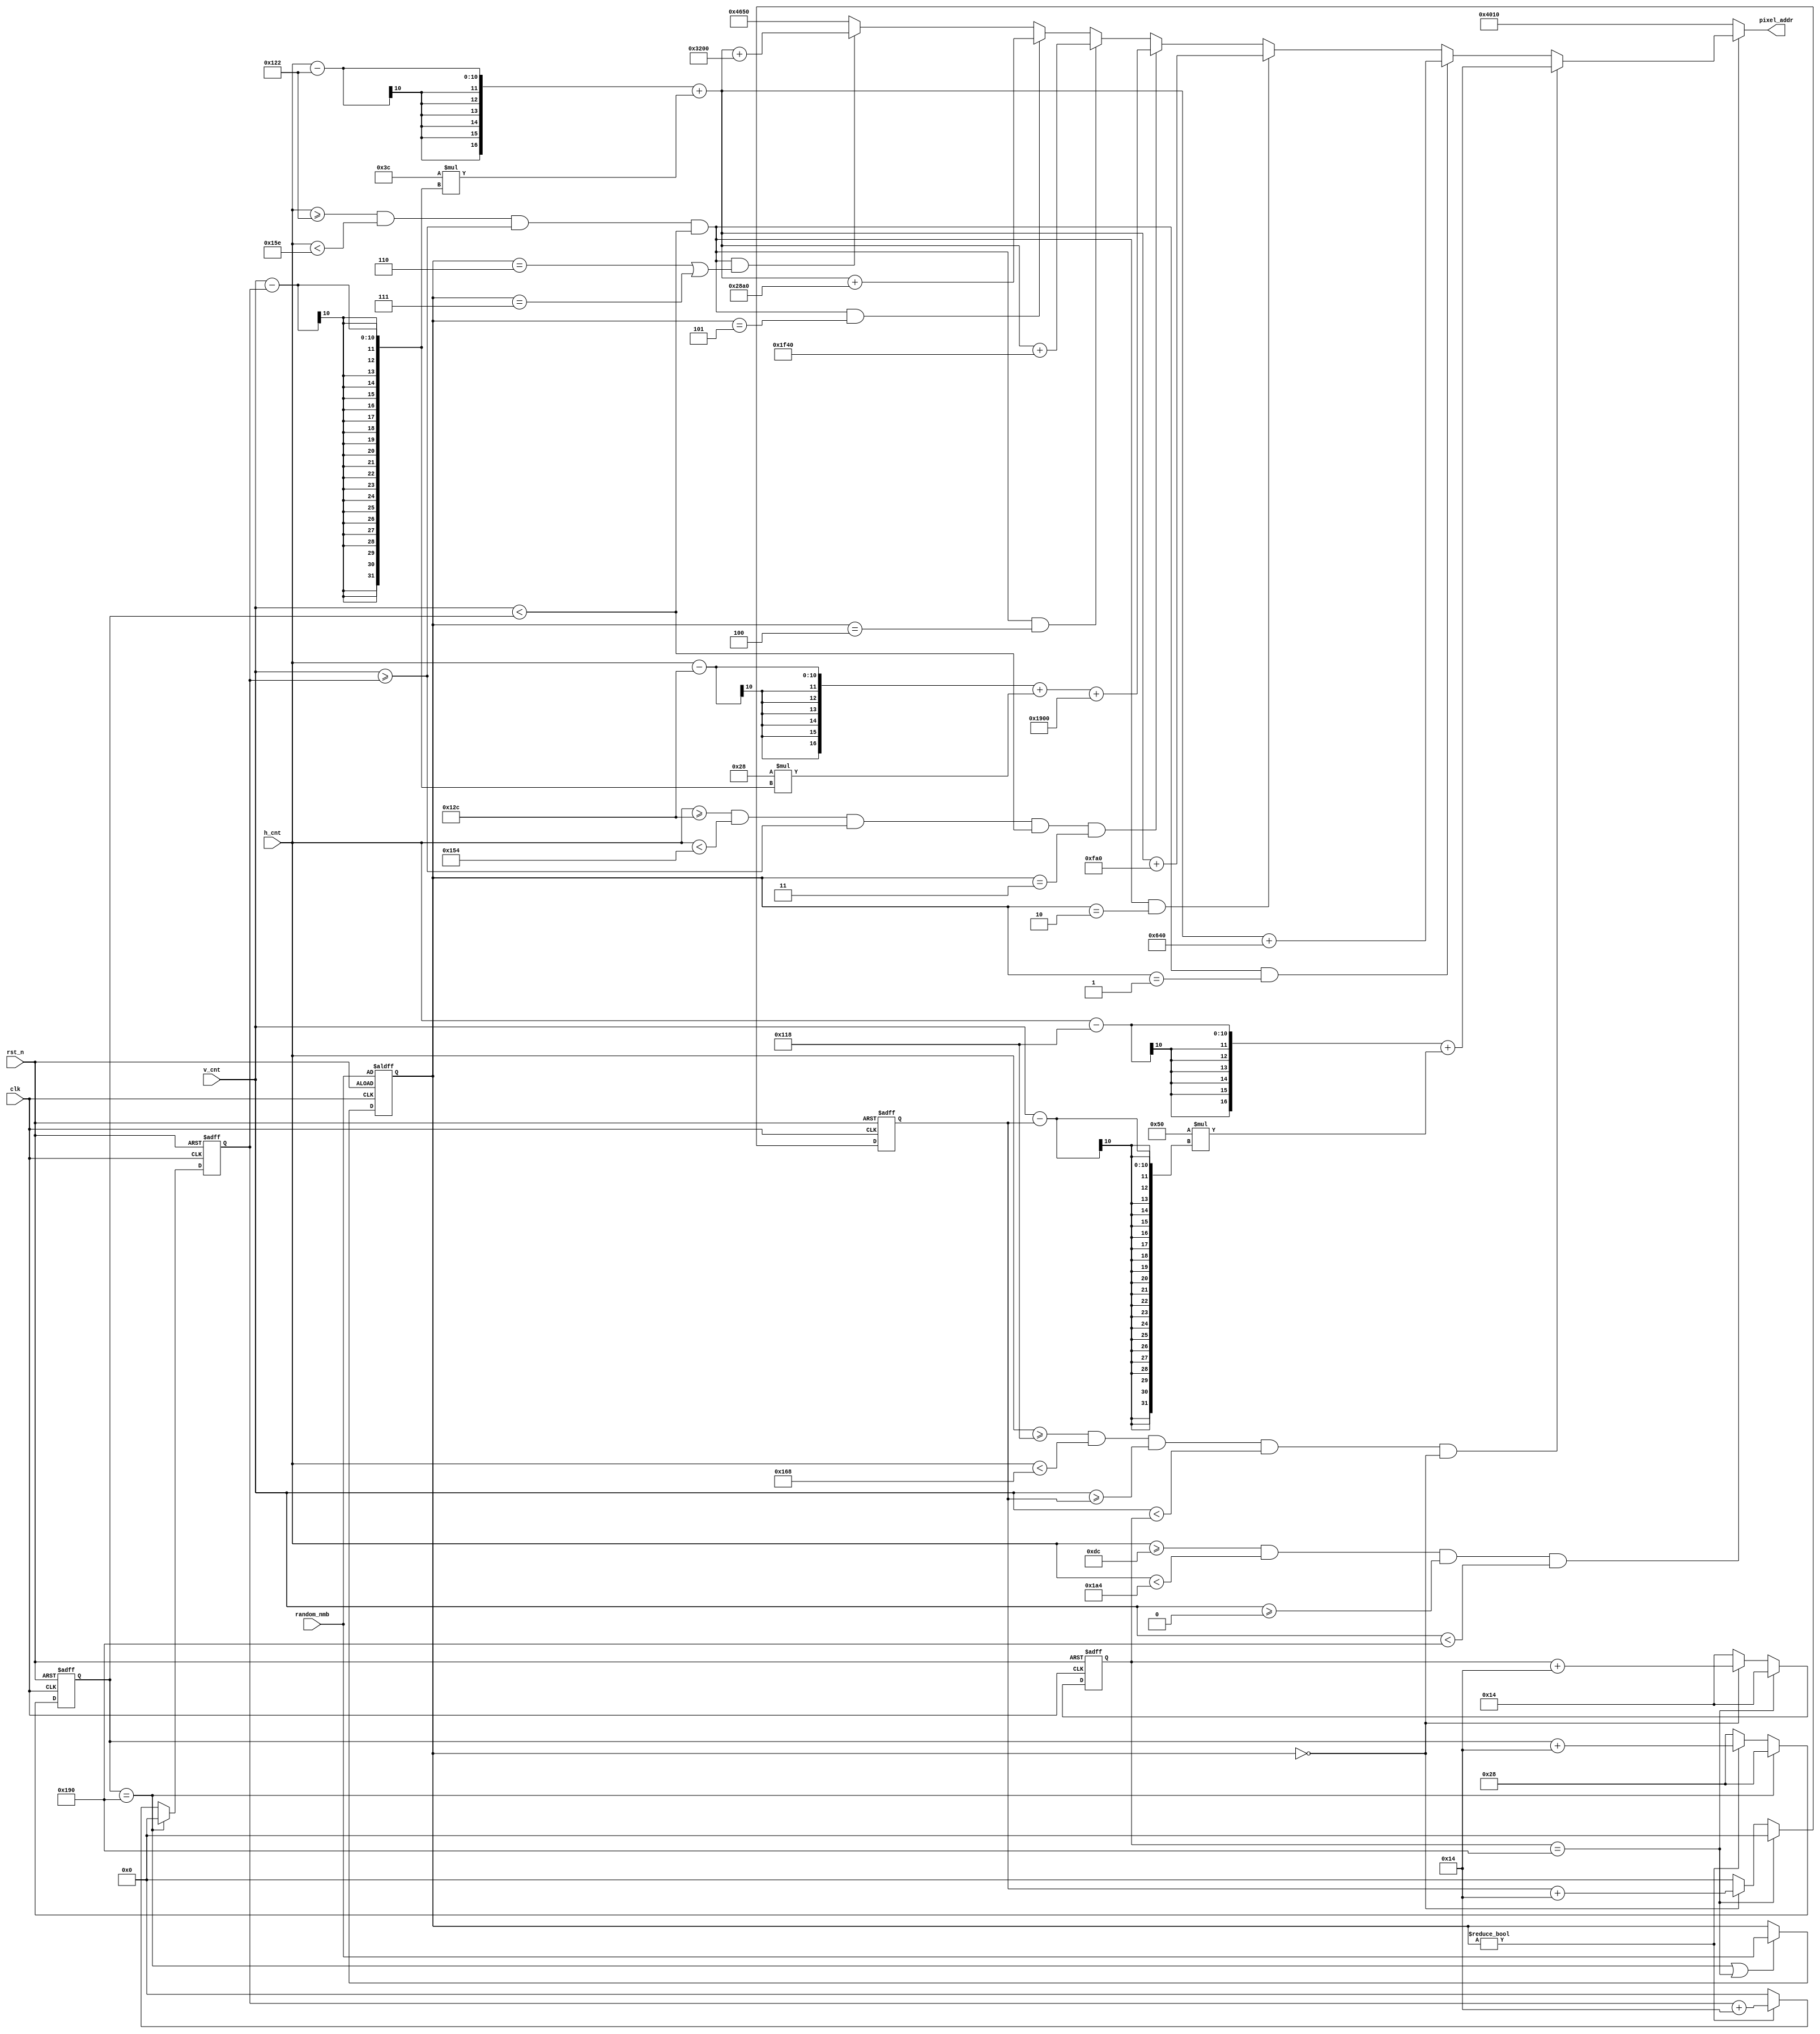
module mem_addr_gen(
  input clk,
  input rst_n,
  input [9:0] h_cnt,
  input [9:0] v_cnt,
  input [2:0] random_nmb,
  output reg [16:0] pixel_addr
);
    
reg [2:0] random_nmb2_tmp;
reg [2:0] random_nmb2;
reg [9:0] v_cnt_upper, v_cnt_lower;
reg [9:0] v_cnt_upper2, v_cnt_lower2;   //for rectangle bar
reg [9:0] v_cnt_upper_tmp, v_cnt_lower_tmp;
reg [9:0] v_cnt_upper_tmp2, v_cnt_lower_tmp2;   //for rectangle bar

//assign pixel_addr = ((h_cnt>>1)+320*(v_cnt>>1)+ position*320 )% 76800;  //640*480 --> 320*240 

always@*
    if (h_cnt >= 220 && h_cnt < 420 && v_cnt >= 0 && v_cnt < 400) begin
        if (h_cnt >= 280 && h_cnt < 360 && v_cnt >= v_cnt_lower2 && v_cnt < v_cnt_upper2 && random_nmb2 == 3'b000) 
            pixel_addr = (h_cnt - 280) + 80 * (v_cnt - v_cnt_lower2);
        else if (h_cnt >= 290 && h_cnt < 350 && v_cnt >= v_cnt_lower && v_cnt < v_cnt_upper && random_nmb2 == 3'b001) 
            pixel_addr = (h_cnt - 290) + 60 * (v_cnt - v_cnt_lower) + 1600;                                     
        else if (h_cnt >= 290 && h_cnt < 350 && v_cnt >= v_cnt_lower && v_cnt < v_cnt_upper && random_nmb2 == 3'b010) 
            pixel_addr = (h_cnt - 290) + 60 * (v_cnt - v_cnt_lower) + 4000;
        else if (h_cnt >= 300 && h_cnt < 340 && v_cnt >= v_cnt_lower && v_cnt < v_cnt_upper  && random_nmb2 == 3'b011)
            pixel_addr = (h_cnt - 300) + 40 * (v_cnt - v_cnt_lower) + 6400;
        else if (h_cnt >= 290 && h_cnt < 350 && v_cnt >= v_cnt_lower && v_cnt < v_cnt_upper  && random_nmb2 == 3'b100)
            pixel_addr = (h_cnt - 290) + 60 * (v_cnt - v_cnt_lower) + 8000;
        else if (h_cnt >= 290 && h_cnt < 350 && v_cnt >= v_cnt_lower && v_cnt < v_cnt_upper  && random_nmb2 == 3'b101)
            pixel_addr = (h_cnt - 290) + 60 * (v_cnt - v_cnt_lower) + 10400;
        else if (h_cnt >= 290 && h_cnt < 350 && v_cnt >= v_cnt_lower && v_cnt < v_cnt_upper  && (random_nmb2 == 3'b110 || random_nmb2 == 3'b111))
            pixel_addr = (h_cnt - 290) + 60 * (v_cnt - v_cnt_lower) + 12800;    
        else
            pixel_addr = 18000; //white  
    end
    else
        pixel_addr = 16400; //black

//random number renew or not
always @*
    if (v_cnt_upper == 10'd400 || v_cnt_upper2 == 10'd400)
        random_nmb2_tmp = random_nmb;
    else
        random_nmb2_tmp = random_nmb2;

always @(posedge clk or negedge rst_n)
    if (~rst_n)
        random_nmb2 <= random_nmb;
    else
        random_nmb2 <= random_nmb2_tmp;

//moving down
always @*
    if (v_cnt_upper == 10'd400) begin
        v_cnt_lower_tmp = 10'd0;
        v_cnt_upper_tmp = 10'd40;
    end
    else if (random_nmb2 != 3'b000)begin
        v_cnt_lower_tmp = v_cnt_lower + 10'd20;
        v_cnt_upper_tmp = v_cnt_upper + 10'd20;
    end
    else begin
        v_cnt_lower_tmp = 10'd0;
        v_cnt_upper_tmp = 10'd40;
    end

always @(posedge clk or negedge rst_n)
    if (~rst_n) begin
        v_cnt_lower <= 10'd0;
        v_cnt_upper <= 10'd40;
    end
    else begin
        v_cnt_lower <= v_cnt_lower_tmp;
        v_cnt_upper <= v_cnt_upper_tmp;
    end
    
always @*
    if (v_cnt_upper2 == 10'd400) begin
        v_cnt_lower_tmp2 = 10'd0;
        v_cnt_upper_tmp2 = 10'd20;
    end
    else if (random_nmb2 == 3'b000)begin
        v_cnt_lower_tmp2 = v_cnt_lower2 + 10'd20;
        v_cnt_upper_tmp2 = v_cnt_upper2 + 10'd20;
    end
    else begin
        v_cnt_lower_tmp2 = 10'd0;
        v_cnt_upper_tmp2 = 10'd20;
    end
    
always @(posedge clk or negedge rst_n)
    if (~rst_n) begin
        v_cnt_lower2 <= 10'd0;
        v_cnt_upper2 <= 10'd20;
    end
    else begin
        v_cnt_lower2 <= v_cnt_lower_tmp2;
        v_cnt_upper2 <= v_cnt_upper_tmp2;
    end
  
endmodule